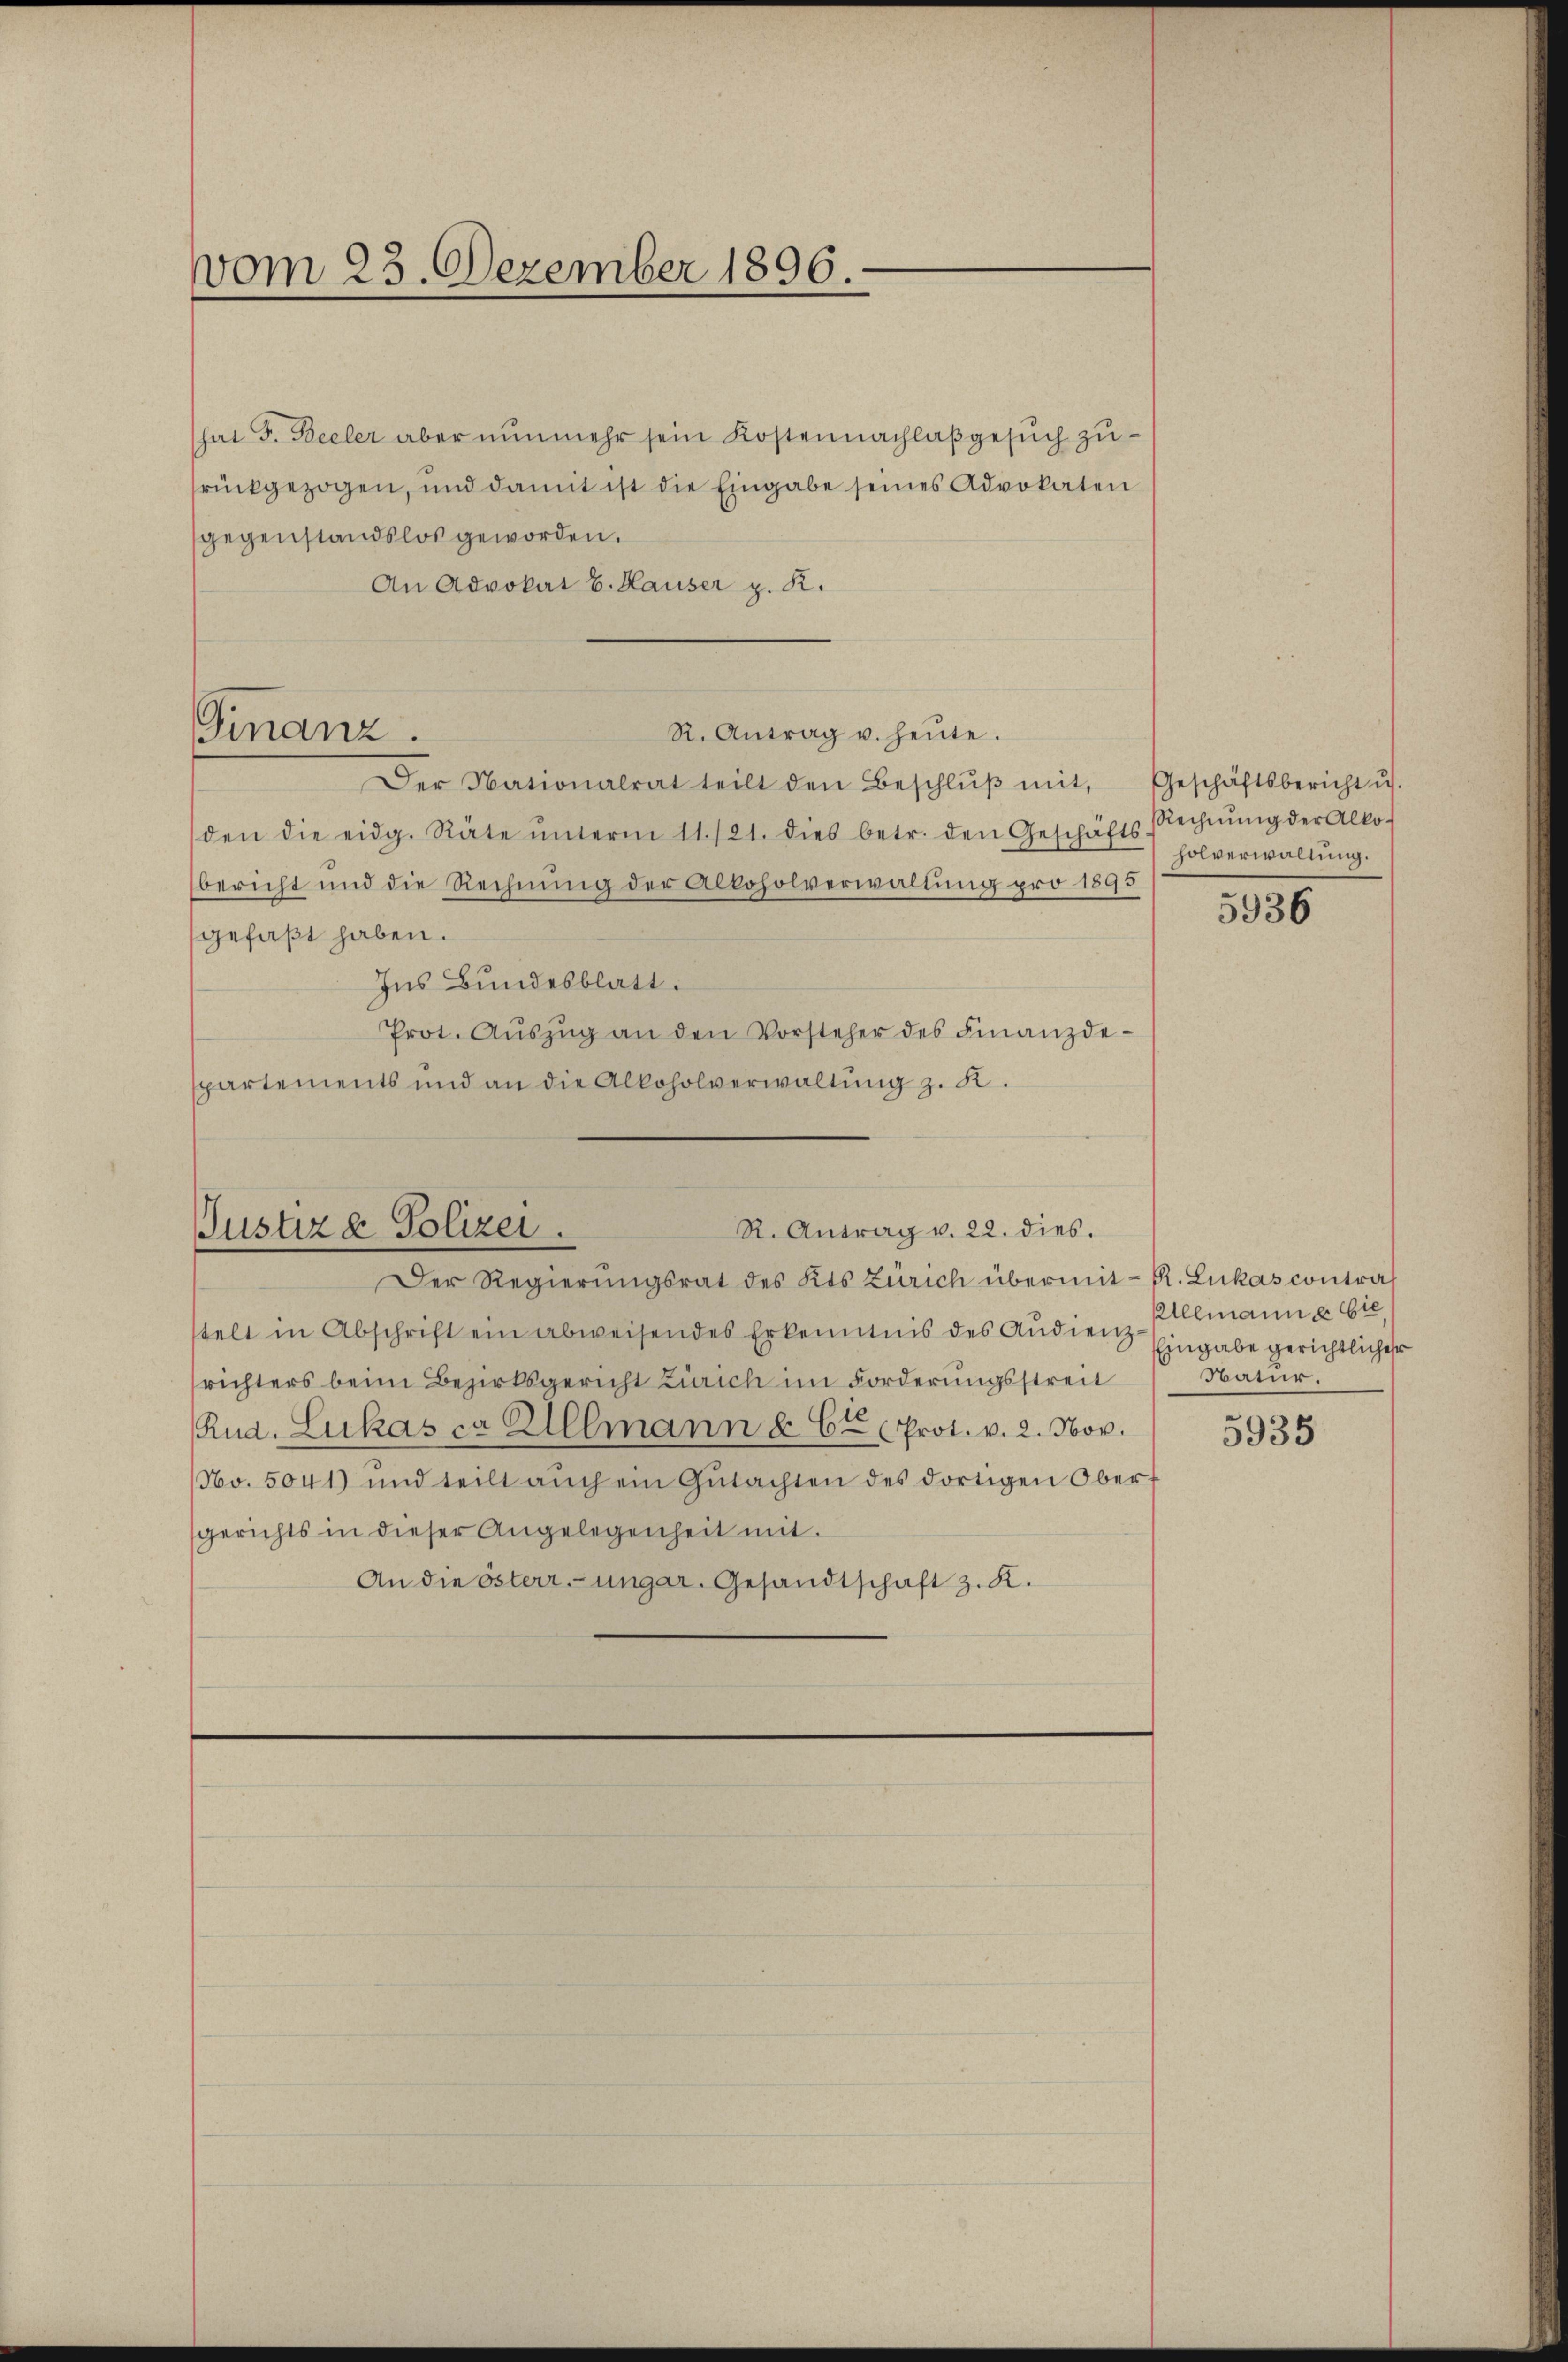
vom 23. Dezember 1896.

Finanz.

hat F. Beeler aber nunmehr sein Kostennachlaßgesŭch zurückgezogen, und damit ist die Eingabe seines Advokaten
gegenstandslos geworden.
An Advokat E. Hauser p. K.
R. Antrag u. heŭte.
Der Nationalrat teilt den Beschlŭβ mit, Geschäftsbericht u.
den die eidg. Räte ŭnterm 11./21. dies betr. den Geschäfts Rechnŭng der Alko-
bericht und die Rechnung der Alkoholverwaltung pro 1895
gefaßt haben.
Ins Bundesblatt.
Prot. Aŭszŭg an den Vorsteher des Finanzdespartements und an die Alkoholverwaltung z. R.

R. Antrag v. 22. dies.
Justiz & Polizei.
Der Regierungsrat des Kts Zürich übermit- R. Lukas contraf

holverwaltung.

stelt in Abschrift ein abweisendes Erkenntnis des Audienzrichters beim Bezirksgericht Zürich im Forderungsstreit
Rud. Lukas ca Allmann § 6te Prot. v. 2. Nov.
No. 5041) und teilt aŭch ein Gŭtachten des dortigen Oberf
gerichts in dieser Angelegenheit mit
An die Österr.-ungar. Gesandtschaft z. K.

5936

Alemann es bie
Eingabe gerichtlicher
Natur.

5935